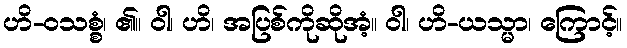
ဟိ-ဝသစ္စံ၊ ၏။ ဝါ၊ ဟိ၊ အပြစ်ကိုဆိုအံ့။ ဝါ၊ ဟိ-ယသ္မာ၊ ကြောင့်။